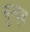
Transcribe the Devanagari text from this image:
वुन्द्थ